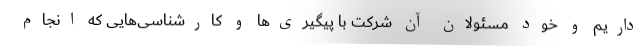
داریم و خود مسئولان آن شرکت با پیگیری‌ها و کارشناسی‌هایی که انجام